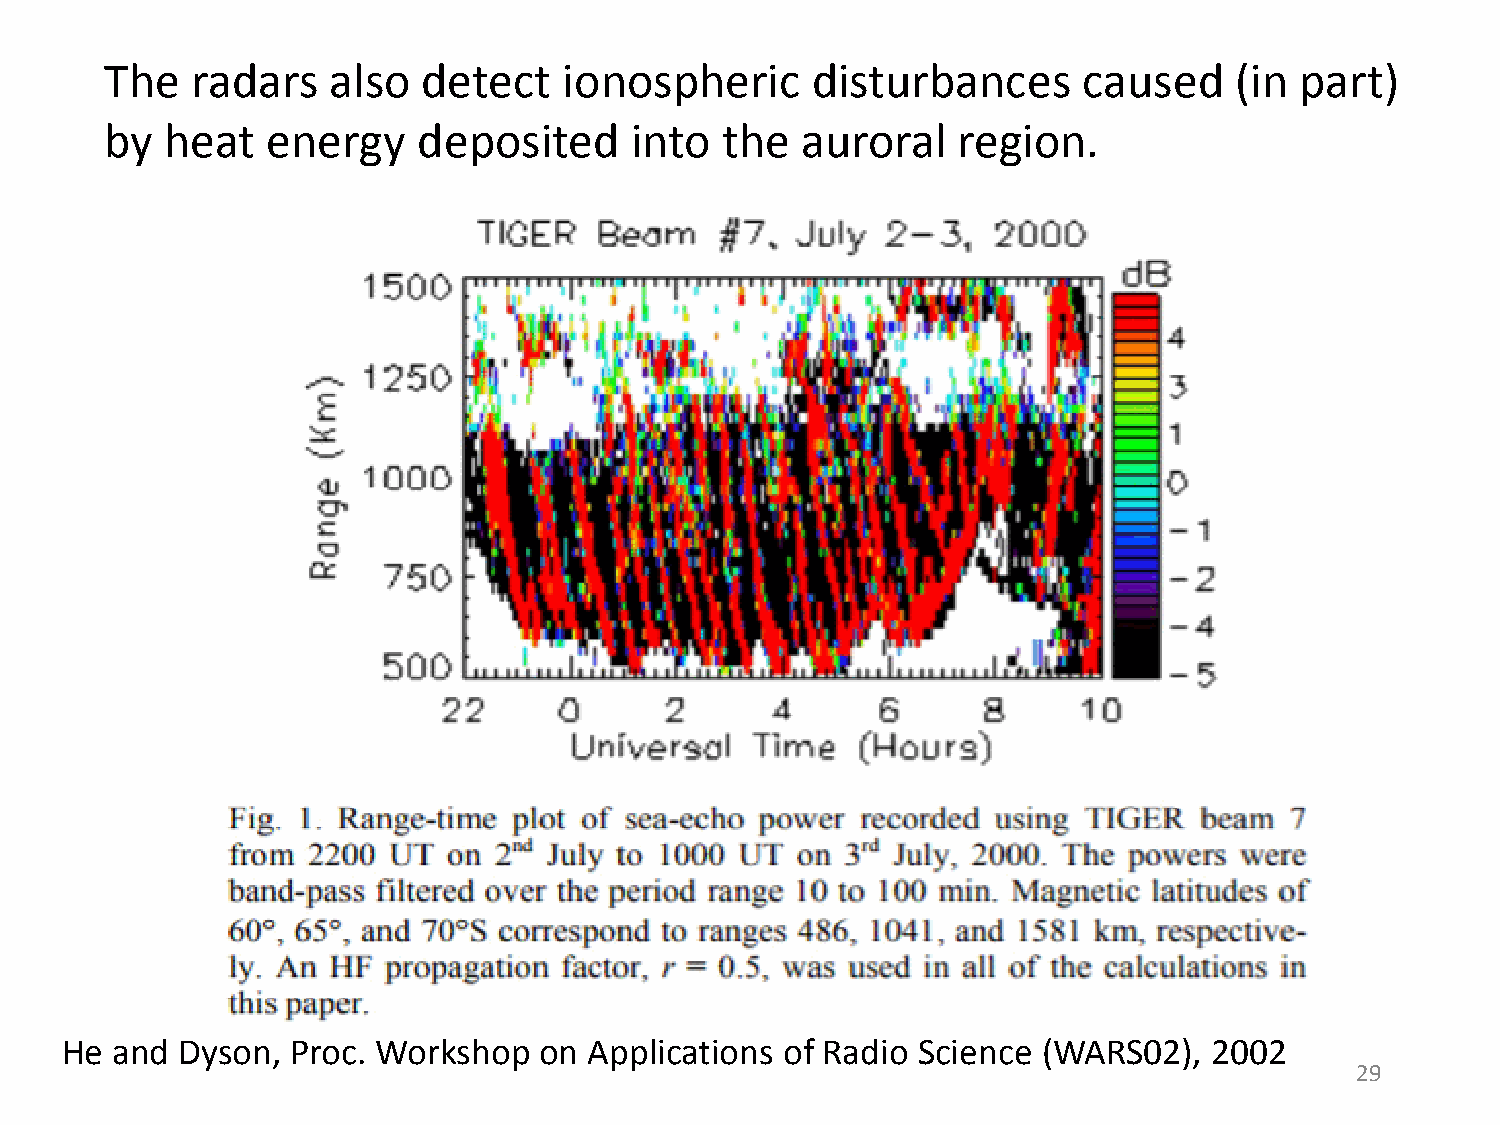
The   radars   also  detect   ionospheric      disturbances      caused    (in part)
 by  heat   energy    deposited     into  the  auroral   region.
 He and  Dyson, Proc. Workshop   on Applications of Radio Science (WARS02),  2002
 29